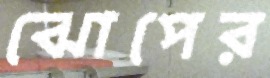
ঝোপের